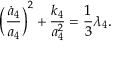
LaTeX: \biggl ( \frac { { \dot { a } } _ { 4 } } { a _ { 4 } } \biggr ) ^ { 2 } + \frac { k _ { 4 } } { a _ { 4 } ^ { 2 } } = \frac { 1 } { 3 } \lambda _ { 4 } .